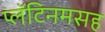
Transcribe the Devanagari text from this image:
प्लॅटिनमसह